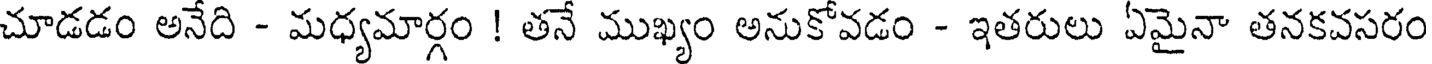
చూడడం అనేది - మధ్యమార్గం ! తనే ముఖ్యం అనుకోవడం - ఇతరులు ఏమైనా తనకవసరం